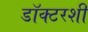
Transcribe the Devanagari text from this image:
डॉक्टरशी